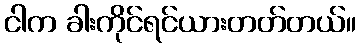
ငါက ခါးကိုင်ရင်ယားတတ်တယ်။